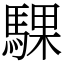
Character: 騍